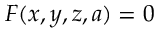
F ( x , y , z , a ) = 0